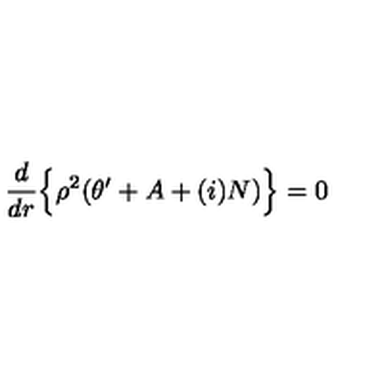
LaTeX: \frac { d } { d r } \Bigl \{ \rho ^ { 2 } ( \theta ^ { \prime } + A + ( i ) N ) \Bigr \} = 0